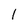
Character: 1